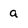
Character: a